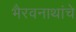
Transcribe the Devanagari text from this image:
भैरवनाथांचे